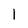
Character: 1